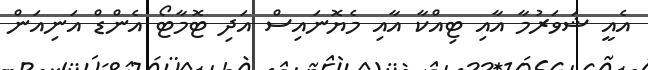
އެއީ ޝަވަރުމާ އާއި ޓިއްކާ އާއި މެޔޮނައިސް އަދި ޓޮމާޓޯ އެންޑް އަނިއަން